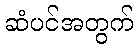
ဆံပင်အတွက်